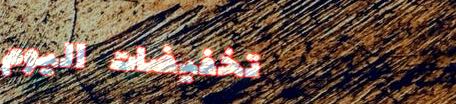
تخفيضات اليوم